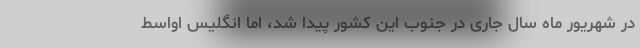
در شهریور ماه سال جاری در جنوب این کشور پیدا شد، اما انگلیس اواسط